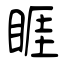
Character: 睚